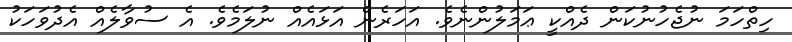
ހިތްހަމަ ނުޖެހުނުކަން ދެއްކީ ޢަމަލުންނެވެ. އަހަރެން އަޅައެއް ނުލަމެވެ. އެ ސުވާލެއް އެދުވަހަކު